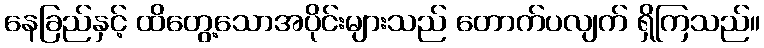
နေခြည်နှင့် ထိတွေ့သောအပိုင်းများသည် တောက်ပလျက် ရှိကြသည်။